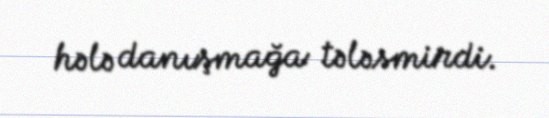
hələ danışmağa tələsmirdi.